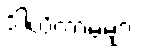
ဒါယိကာမများ